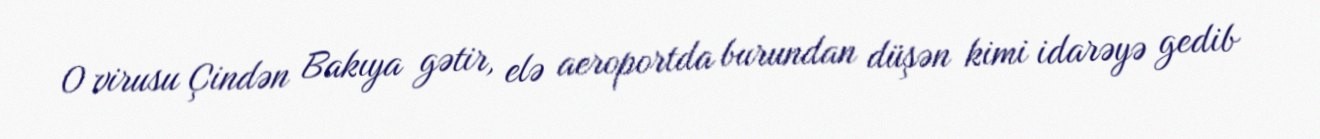
O virusu Çindən Bakıya gətir, elə aeroportda burundan düşən kimi idarəyə gedib